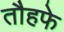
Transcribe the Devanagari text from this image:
तौहफे